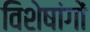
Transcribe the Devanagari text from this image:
विशेषांगों